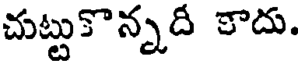
చుట్టుకొన్నది కాదు.